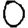
Digit: 0